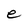
Character: e